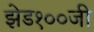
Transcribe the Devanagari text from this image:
झेड१००जी